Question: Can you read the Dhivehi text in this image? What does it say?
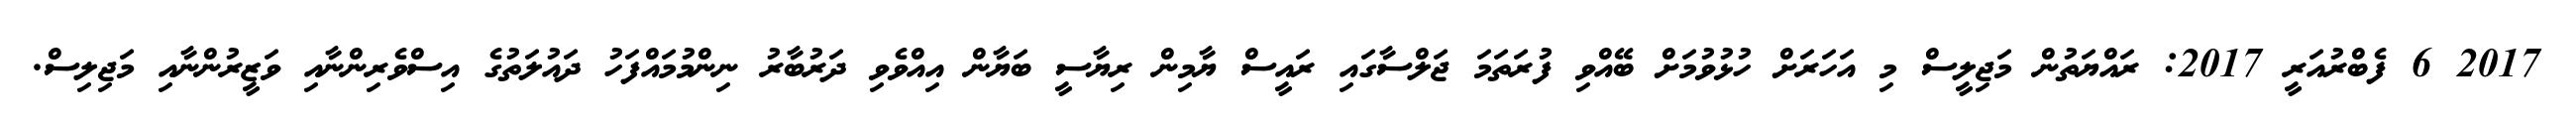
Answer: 2017 6 ފެބްރުއަރީ 2017: ރައްޔަތުން މަޖިލީސް މި އަހަރަށް ހުޅުވުމަށް ބޭއްވި ފުރަތަމަ ޖަލްސާގައި ރައީސް ޔާމިން ރިޔާސީ ބަޔާން އިއްވެވި ދަރުބާރު ނިންމުމައްފަހު ދައުލަތުގެ އިސްވެރިންނާއި ވަޒީރުންނާއި މަޖިލިސް.